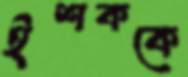
ইশককে